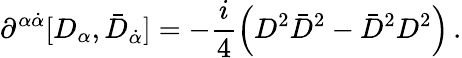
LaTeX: \partial^{\alpha\dot{\alpha}}[D_{\alpha},\bar{D}_{\dot{\alpha}}]=-\frac{i}{4}\left(D^{2}\bar{D}^{2}-\bar{D}^{2}D^{2}\right)\, .